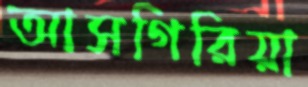
আসগিরিয়া